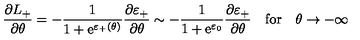
\frac { \partial L _ { + } } { \partial \theta } = - \frac { 1 } { 1 + \mathrm { e } ^ { \varepsilon _ { + } ( \theta ) } } \frac { \partial \varepsilon _ { + } } { \partial \theta } \sim - \frac { 1 } { 1 + \mathrm { e } ^ { \varepsilon _ { 0 } } } \frac { \partial \varepsilon _ { + } } { \partial \theta } \quad \mathrm { f o r } \quad \theta \rightarrow - \infty